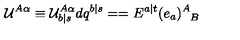
{ \cal U } ^ { A \alpha } \equiv { \cal U } _ { b \vert s } ^ { A \alpha } d q ^ { b \vert s } = = E ^ { a \vert t } ( e _ { a } ) _ { \phantom { A } B } ^ { A }